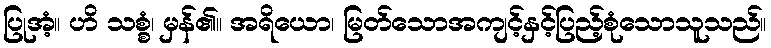
ပြုအံ့။ ဟိ သစ္စံ၊ မှန်၏။ အရိယော၊ မြတ်သောအကျင့်နှင့်ပြည့်စုံသောသူသည်။